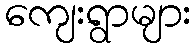
ကျေးရွာများ